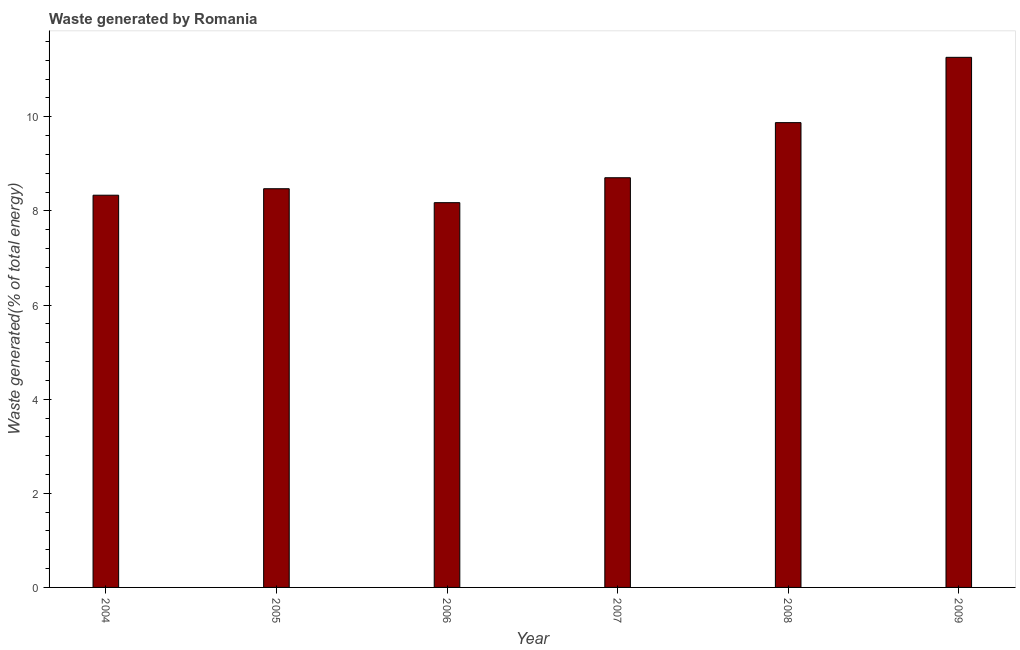
| Year | Combustible renewables and waste (% of total energy) |
 | --- | --- |
 | 2004 | 8.33 |
 | 2005 | 8.47 |
 | 2006 | 8.18 |
 | 2007 | 8.71 |
 | 2008 | 9.88 |
 | 2009 | 11.3 |